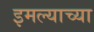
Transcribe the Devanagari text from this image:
इमल्याच्या